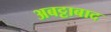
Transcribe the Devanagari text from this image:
अबट्टाबाद